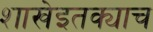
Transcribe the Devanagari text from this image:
शाखेइतक्याच